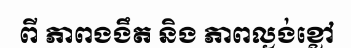
ពី ភាពងងឹត និង ភាពល្ងង់ខ្លៅ